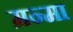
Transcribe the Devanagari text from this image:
म्रन्मा